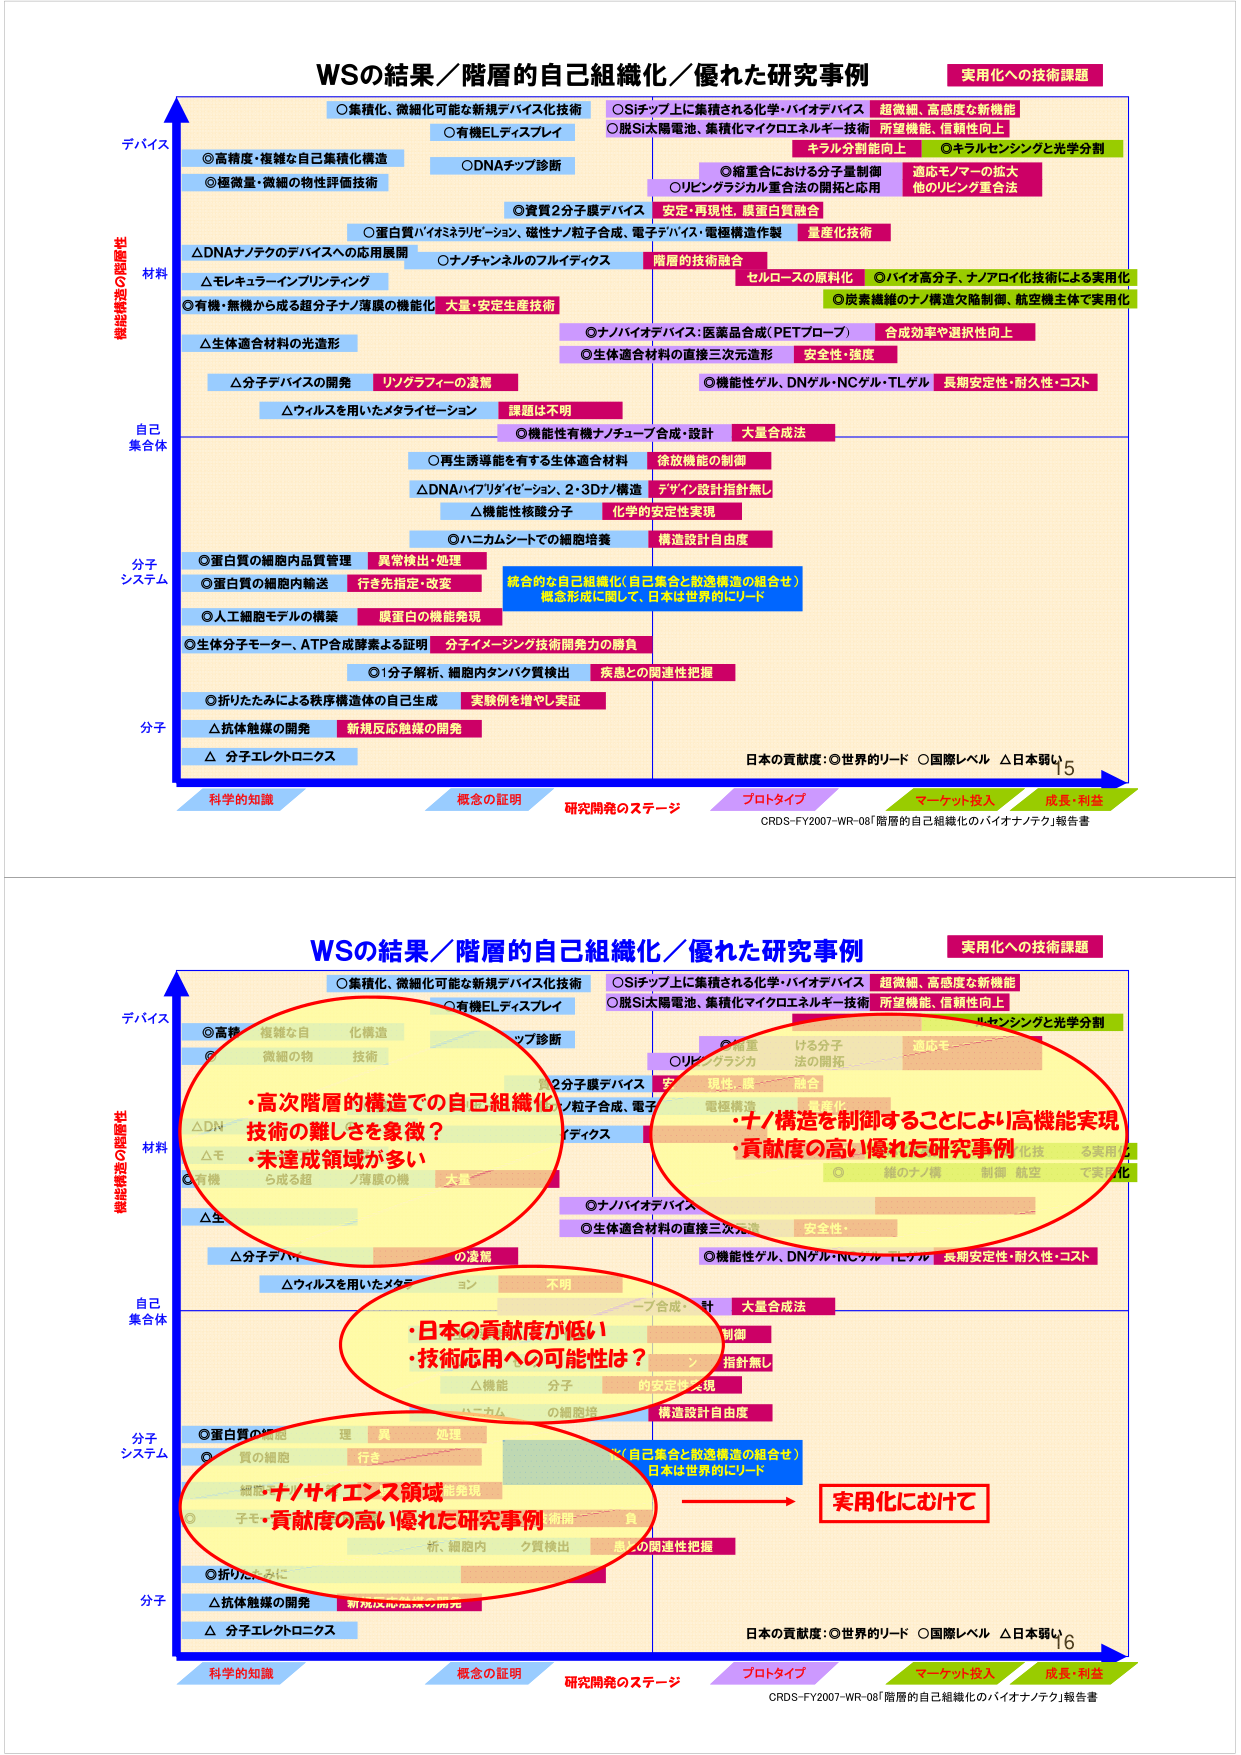
WSの結果／階層的自己組織化／優れた研究事例
実用化への技術課題

機能構造の階層性
デバイス
○集積化、微細化可能な新規デバイス化技術
○有機ELディスプレイ
○DNAチップ診断
○Siチップ上に集積される化学・バイオデバイス
○脱Si太陽電池、集積化マイクロエネルギー技術
超微細、高密度な新機能
所望機能、信頼性向上
キラル分割能向上
○キラルセンシングと光学分割
○縮重合における分子量制御
○リビングラジカル重合法の開拓と応用
適応モノマーの拡大
他のリビング重合法
○資質2分子膜デバイス
安定・再現性、膜蛋白質融合
○蛋白質バイオネテリゼーション、磁性ナノ粒子合成、電子デバイス・電極構造作製
量産化技術
△DNAナノテクのデバイスへの応用展開
○ナノチャンネルのフルイディクス
階層的技術融合
セルロースの原料化
○バイオ高分子、ナノアロイ化技術による実用化
○炭素繊維のナノ構造欠陥制御、航空機主体で実用化
材料
△モレキュラーアイソプリンティング
○有機・無機から成る超分子ナノ/薄膜の機能化
大量・安定生産技術
△生体適合材料の光造形
○ナノバイオデバイス：医薬品合成（PETプローブ）
合成効率や選択性向上
○生体適合材料の直接三次元造形
安全性・強度
△分子デバイスの開発
リンクグラフィーの凌駕
○機能性ゲル、DNゲル・NCゲル・TLゲル
長期安定性・耐久性・コスト
△ウィルスを用いたメタライゼーション
課題は不明
○機能性有機ナノチューブ合成・設計
大量合成法
自己
集合体
○再生誘導能を有する生体適合材料
徐放機能の制御
△DNAハイブリダイゼーション、2・3Dナノ構造
デザイン/設計指針無し
△機能性核酸分子
化学的安定性実現
○ハニカムシートの細胞培養
構造設計自由度
分子
システム
○蛋白質の細胞内品質管理
異常検出・処理
○蛋白質の細胞内輸送
行き先指定・改変
統合的な自己組織化（自己集合と放送構造の組合せ）
概念形成に関して、日本は世界的にリード
○人工細胞モデルの構築
膜蛋白の機能発現
○生体分子モーター、ATP合成酵素よる証明
分子イメージング技術開発力の勝負
○1分子解析、細胞内タンパク質検出
疾患との関連性把握
○折りたたみによる秩序構造体の自己生成
実験例を増やし実証
△抗体触媒の開発
新規反応触媒の開発
△ 分子エレクトロニクス
分子

科学的知識
概念の証明
研究開発のステージ
プロトタイプ
マーケット投入
成長・利益
日本の貢献度：◎世界的リード ○国際レベル △日本弱い
CRDS-FY2007-WR-08「階層的自己組織化のバイオナノテク」報告書
15

WSの結果／階層的自己組織化／優れた研究事例
実用化への技術課題

機能構造の階層性
デバイス
○集積化、微細化可能な新規デバイス化技術
○有機ELディスプレイ
○DNAチップ診断
○Siチップ上に集積される化学・バイオデバイス
○脱Si太陽電池、集積化マイクロエネルギー技術
超微細、高密度な新機能
所望機能、信頼性向上
キラル分割能向上
○キラルセンシングと光学分割
○縮重合における分子量制御
○リビングラジカル重合法の開拓と応用
適応モノマーの拡大
他のリビング重合法
○資質2分子膜デバイス
安定・再現性、膜蛋白質融合
○蛋白質バイオネテリゼーション、磁性ナノ粒子合成、電子デバイス・電極構造作製
量産化技術
△DNAナノテクのデバイスへの応用展開
○ナノチャンネルのフルイディクス
階層的技術融合
セルロースの原料化
○バイオ高分子、ナノアロイ化技術による実用化
○炭素繊維のナノ構造欠陥制御、航空機主体で実用化
材料
△モレキュラーアイソプリンティング
○有機・無機から成る超分子ナノ/薄膜の機能化
大量・安定生産技術
△生体適合材料の光造形
○ナノバイオデバイス：医薬品合成（PETプローブ）
合成効率や選択性向上
○生体適合材料の直接三次元造形
安全性・強度
△分子デバイスの開発
リンクグラフィーの凌駕
○機能性ゲル、DNゲル・NCゲル・TLゲル
長期安定性・耐久性・コスト
△ウィルスを用いたメタライゼーション
課題は不明
○機能性有機ナノチューブ合成・設計
大量合成法
自己
集合体
○再生誘導能を有する生体適合材料
徐放機能の制御
△DNAハイブリダイゼーション、2・3Dナノ構造
デザイン/設計指針無し
△機能性核酸分子
化学的安定性実現
○ハニカムシートの細胞培養
構造設計自由度
分子
システム
○蛋白質の細胞内品質管理
異常検出・処理
○蛋白質の細胞内輸送
行き先指定・改変
統合的な自己組織化（自己集合と放送構造の組合せ）
概念形成に関して、日本は世界的にリード
○人工細胞モデルの構築
膜蛋白の機能発現
○生体分子モーター、ATP合成酵素よる証明
分子イメージング技術開発力の勝負
○1分子解析、細胞内タンパク質検出
疾患との関連性把握
○折りたたみによる秩序構造体の自己生成
実験例を増やし実証
△抗体触媒の開発
新規反応触媒の開発
△ 分子エレクトロニクス
分子

科学的知識
概念の証明
研究開発のステージ
プロトタイプ
マーケット投入
成長・利益
日本の貢献度：◎世界的リード ○国際レベル △日本弱い
CRDS-FY2007-WR-08「階層的自己組織化のバイオナノテク」報告書
16

・高次階層の構造での自己組織化
技術の難しさを象徴？
・未達成領域が多い

・ナノ構造を制御することにより高機能実現
・貢献度の高い優れた研究事例

・日本の貢献度が低い
・技術応用への可能性は？

・ナノサイエンス領域
・貢献度の高い優れた研究事例

実用化において